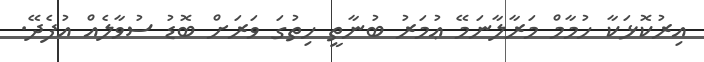
އިރުކޮޅަކާ ހުމާމް މަރާލާނަމޭ ޢުމަރު ބުނާތީ ހިތުގަ ވަރަށް ބޮޑު ސުވާލެއް އުފެދޭ.